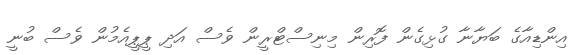
އިންޑިއާގެ ބަޔާނާ ގުޅިގެން ފޮރިން މިނިސްޓްރީން ވެސް އަދި ޕީޕީއެމުން ވެސް ބުނީ